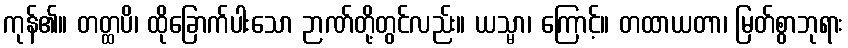
ကုန်၏။ တတ္ထပိ၊ ထိုခြောက်ပါးသော ဉာဏ်တို့တွင်လည်း။ ယသ္မာ၊ ကြောင့်။ တထာယတာ၊ မြတ်စွာဘုရား